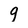
Character: g